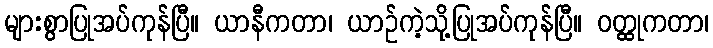
များစွာပြုအပ်ကုန်ပြီ။ ယာနီကတာ၊ ယာဉ်ကဲ့သို့ပြုအပ်ကုန်ပြီ။ ဝတ္ထုကတာ၊